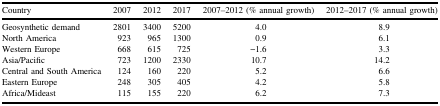
| Country | 2007 | 2012 | 2017 | 2007–2012 (% annual growth) | 2012–2017 (% annual growth) |
 | --- | --- | --- | --- | --- | --- |
 | Geosynthetic demand | 2801 | 3400 | 5200 | 4.0 | 8.9 |
 | North America | 923 | 965 | 1300 | 0.9 | 6.1 |
 | Western Europe | 668 | 615 | 725 | −1.6 | 3.3 |
 | Asia/Pacific | 723 | 1200 | 2330 | 10.7 | 14.2 |
 | Central and South America | 124 | 160 | 220 | 5.2 | 6.6 |
 | Eastern Europe | 248 | 305 | 405 | 4.2 | 5.8 |
 | Africa/Mideast | 115 | 155 | 220 | 6.2 | 7.3 |